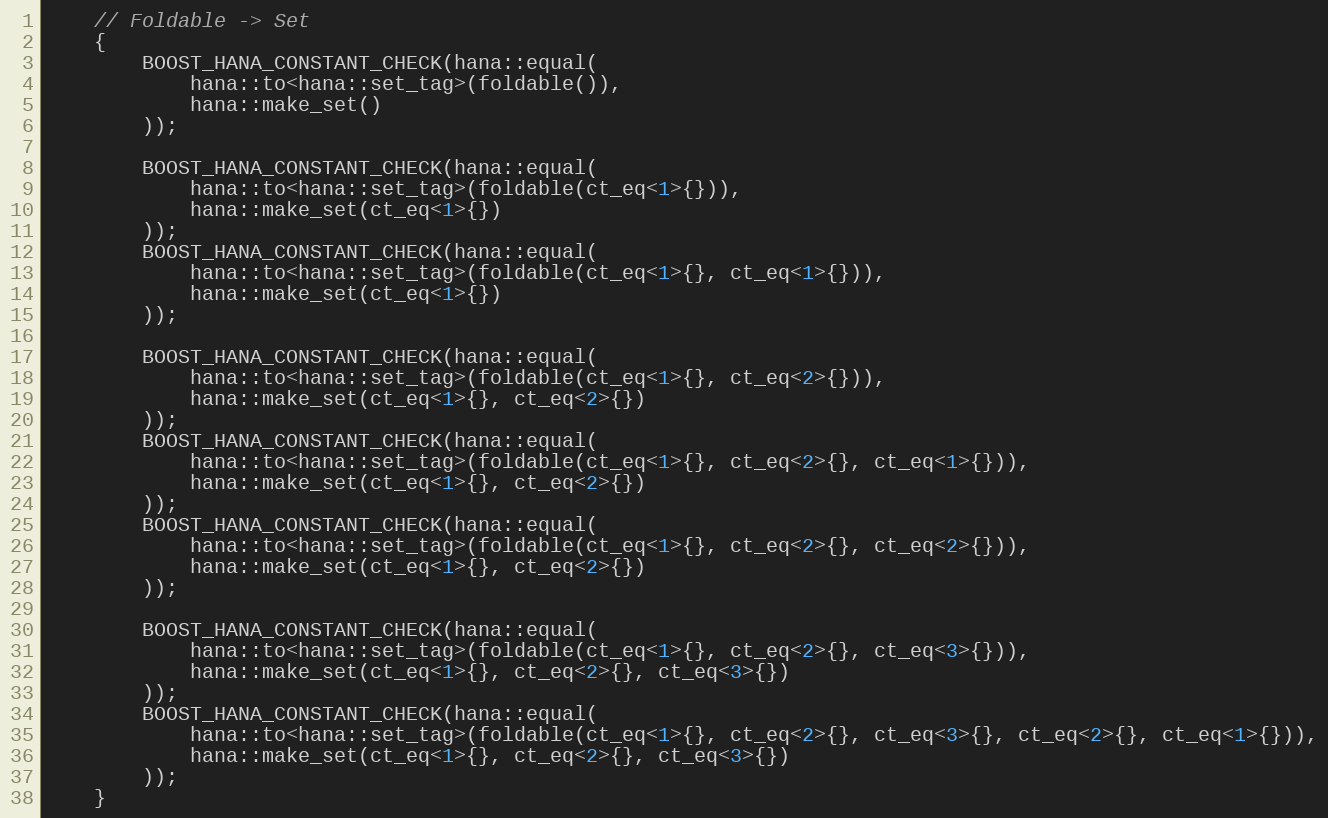
Language: C++
    // Foldable -> Set
    {
        BOOST_HANA_CONSTANT_CHECK(hana::equal(
            hana::to<hana::set_tag>(foldable()),
            hana::make_set()
        ));

        BOOST_HANA_CONSTANT_CHECK(hana::equal(
            hana::to<hana::set_tag>(foldable(ct_eq<1>{})),
            hana::make_set(ct_eq<1>{})
        ));
        BOOST_HANA_CONSTANT_CHECK(hana::equal(
            hana::to<hana::set_tag>(foldable(ct_eq<1>{}, ct_eq<1>{})),
            hana::make_set(ct_eq<1>{})
        ));

        BOOST_HANA_CONSTANT_CHECK(hana::equal(
            hana::to<hana::set_tag>(foldable(ct_eq<1>{}, ct_eq<2>{})),
            hana::make_set(ct_eq<1>{}, ct_eq<2>{})
        ));
        BOOST_HANA_CONSTANT_CHECK(hana::equal(
            hana::to<hana::set_tag>(foldable(ct_eq<1>{}, ct_eq<2>{}, ct_eq<1>{})),
            hana::make_set(ct_eq<1>{}, ct_eq<2>{})
        ));
        BOOST_HANA_CONSTANT_CHECK(hana::equal(
            hana::to<hana::set_tag>(foldable(ct_eq<1>{}, ct_eq<2>{}, ct_eq<2>{})),
            hana::make_set(ct_eq<1>{}, ct_eq<2>{})
        ));

        BOOST_HANA_CONSTANT_CHECK(hana::equal(
            hana::to<hana::set_tag>(foldable(ct_eq<1>{}, ct_eq<2>{}, ct_eq<3>{})),
            hana::make_set(ct_eq<1>{}, ct_eq<2>{}, ct_eq<3>{})
        ));
        BOOST_HANA_CONSTANT_CHECK(hana::equal(
            hana::to<hana::set_tag>(foldable(ct_eq<1>{}, ct_eq<2>{}, ct_eq<3>{}, ct_eq<2>{}, ct_eq<1>{})),
            hana::make_set(ct_eq<1>{}, ct_eq<2>{}, ct_eq<3>{})
        ));
    }